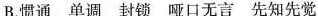
B.惯通 单调 封锁 哑口无言 先知先觉